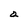
Character: a